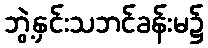
ဘွဲ့နှင်းသဘင်ခန်းမ၌